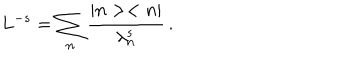
LaTeX: L ^ { - s } = \sum _ { n } \frac { \vert n > < n \vert } { \lambda _ { n } ^ { s } } \, .